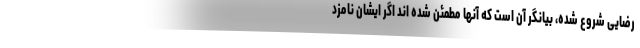
رضایی شروع شده، بیانگر آن است که آنها مطمئن شده اند اگر ایشان نامزد